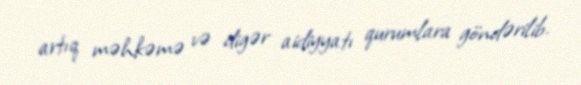
artıq məhkəmə və digər aidiyyatı qurumlara göndərilib.